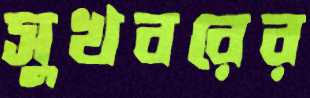
সুখবরের